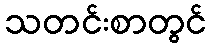
သတင်းစာတွင်